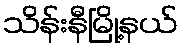
သိန်းနီမြို့နယ်